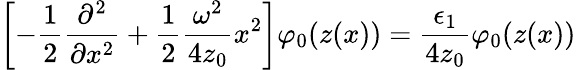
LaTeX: \left[-\frac 12\frac{\partial^{2}}{\partial x^{2}}+\frac 12\frac{\omega^{2}}{4z_{0}}x^{2}\right]\varphi_{0}(z(x))=\frac{\epsilon_{1}}{4z_{0}}\varphi_{0}(z(x))